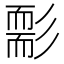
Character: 𦓘